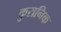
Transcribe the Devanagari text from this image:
कुरानिक